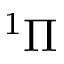
^ { 1 } \Pi